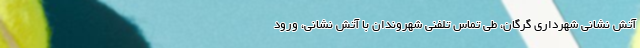
آتش نشانی شهرداری گرگان، طی تماس تلفنی شهروندان با آتش نشانی، ورود